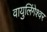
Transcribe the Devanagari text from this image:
वायुलिंगेश्वर